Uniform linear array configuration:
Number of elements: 8
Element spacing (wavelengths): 0.25
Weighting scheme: blackman
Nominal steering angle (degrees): -30
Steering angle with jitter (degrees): -29.544
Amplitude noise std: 0.05
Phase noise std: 0.05

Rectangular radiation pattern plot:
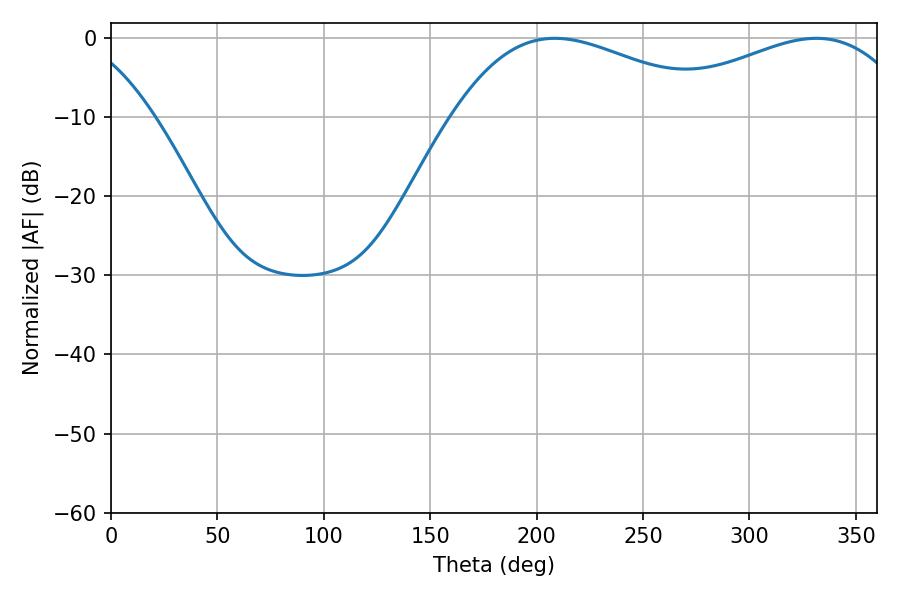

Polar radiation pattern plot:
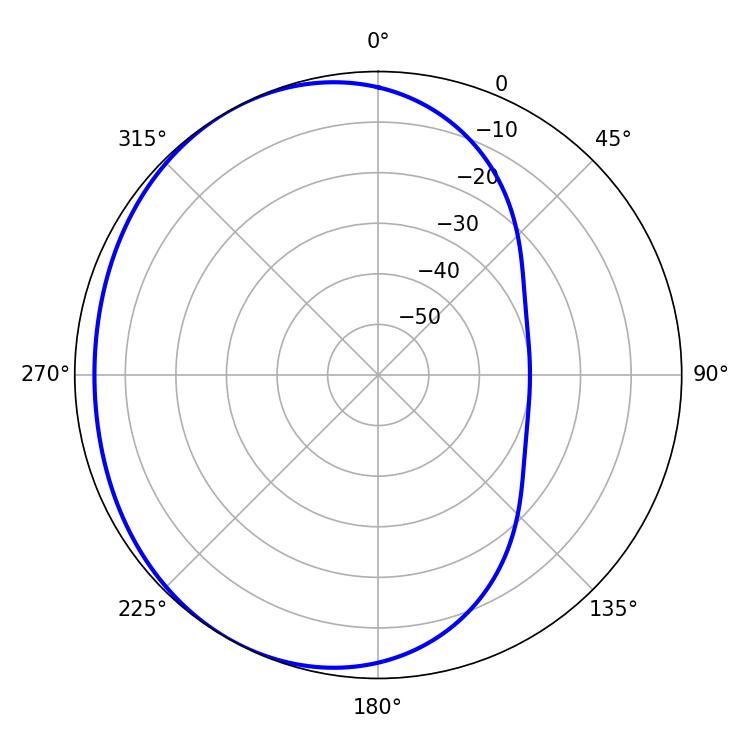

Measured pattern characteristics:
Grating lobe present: FALSE
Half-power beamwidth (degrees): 69.3
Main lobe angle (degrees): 208.62